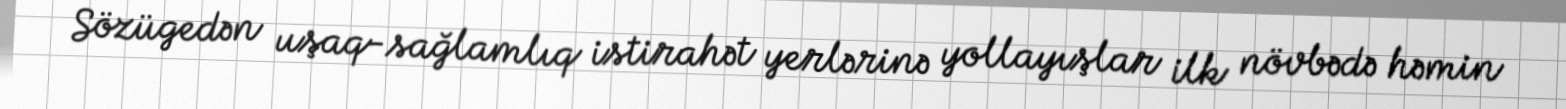
Sözügedən uşaq-sağlamlıq istirahət yerlərinə yollayışlar ilk növbədə həmin